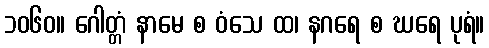
၁၀၆၀။ ဂေါတ္တံ နာမေ စ ဝံသေ ထ၊ နဂရေ စ ဃရေ ပုရံ။